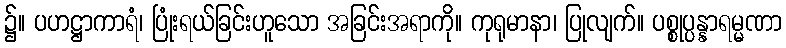
၌။ ပဟဋ္ဌာကာရံ၊ ပြုံးရယ်ခြင်းဟူသော အခြင်းအရာကို။ ကုရုမာနာ၊ ပြုလျက်။ ပစ္စုပ္ပန္နာရမ္မဏာ